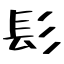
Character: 髟